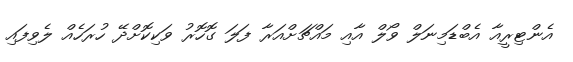
އެންޓިރީއާ އެބްޑަމިނަލް ވޯލް އާއި މައްޗަށްއަރާ ފަލަ ގޮހޮރު ވަކިކޮށްދޭ ހުރަހެއް ލެވިފައި